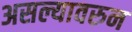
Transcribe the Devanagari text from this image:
असल्यावरुन